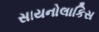
સાયનોલાકિસ